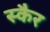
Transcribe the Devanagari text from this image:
स्कैर